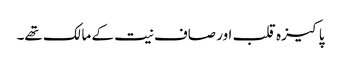
پاکیزہ قلب اور صاف نیت کے مالک تھے۔